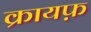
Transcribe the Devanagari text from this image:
क्रायफ़